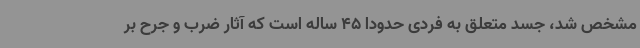
مشخص شد، جسد متعلق به فردی حدودا 45 ساله است که آثار ضرب و جرح بر